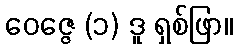
ဝေဇ္ဇေ (၁) ဒူ ရှစ်ဖြာ။